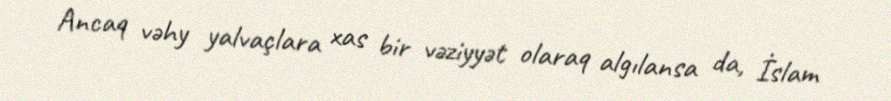
Ancaq vəhy yalvaçlara xas bir vəziyyət olaraq algılansa da, İslam